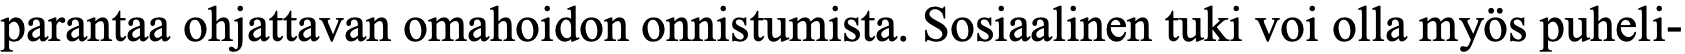
parantaa ohjattavan omahoidon onnistumista. Sosiaalinen tuki voi olla myös puheli-